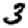
Digit: 3